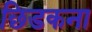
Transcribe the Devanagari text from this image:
छिडकना